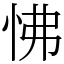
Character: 怫